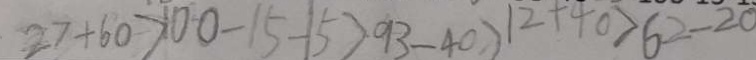
2 7 + 6 0 > 1 0 0 - 1 5 - 1 5 > 9 3 - 4 0 > 1 2 + 4 0 > 6 2 - 2 0